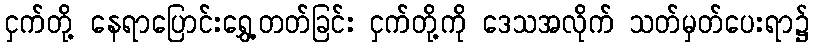
ငှက်တို့ နေရာပြောင်းရွှေ့တတ်ခြင်း ငှက်တို့ကို ဒေသအလိုက် သတ်မှတ်ပေးရာ၌